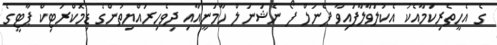
ގެ އެހީތެރިކަމާއެކު އެކުލަވާލާފައިވާ ޕެނަލް ފޯ ނެޝަނަލް ހާމަނީއާއި ދިވެހިރައްޔިތުންގެ ޑިމޮކްރަޓިކް ޕާޓީގެ